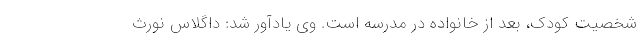
شخصیت کودک، بعد از خانواده در مدرسه است. وی یادآور شد: داگلاس نورث